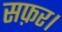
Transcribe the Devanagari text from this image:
सफ़र।